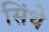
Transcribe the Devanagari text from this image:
सिंथे